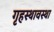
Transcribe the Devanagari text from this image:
गृहस्थावस्था